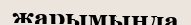
жарымында